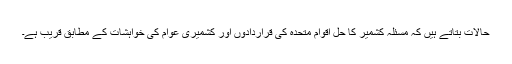
حالات بتاتے ہیں کہ مسئلہ کشمیر کا حل اقوام متحدہ کی قراردادوں اور کشمیری عوام کی خواہشات کے مطابق قریب ہے۔